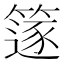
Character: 篴